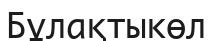
Бұлақтыкөл